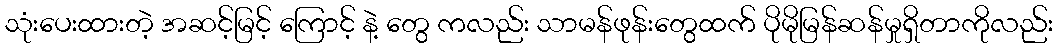
သုံးပေးထားတဲ့ အဆင့်မြင့် ကြောင့် နဲ့ တွေ ကလည်း သာမန်ဖုန်းတွေထက် ပိုမိုမြန်ဆန်မှုရှိတာကိုလည်း